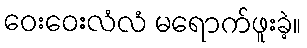
ဝေးဝေးလံလံ မရောက်ဖူးခဲ့။